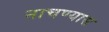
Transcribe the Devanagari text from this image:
नाचण्यास